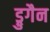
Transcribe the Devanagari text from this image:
ड्रुगैन